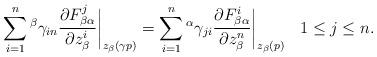
LaTeX: \begin{align*}\sum_{i=1}^{n}{^\beta}\gamma_{in}\frac{\partial F^{j}_{\beta\alpha}}{\partial z_{\beta}^{i}}\biggr|_{z_\beta(\gamma p)}=\sum_{i=1}^{n}{^\alpha}\gamma_{ji}\frac{\partial F^{i}_{\beta\alpha}}{\partial z_{\beta}^{n}}\biggr|_{z_\beta(p)}\;\,\;\,1 \leq j \leq n.\end{align*}